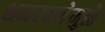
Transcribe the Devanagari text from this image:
शब्दरचनेमुळे